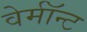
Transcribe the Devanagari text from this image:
वेर्माॅन्ट